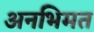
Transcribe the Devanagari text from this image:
अनभिमत